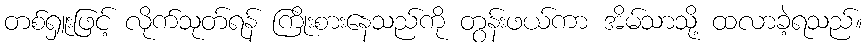
တစ်ရှူးဖြင့် လိုက်သုတ်ရန် ကြိုးစားနေသည်ကို တွန်းဖယ်ကာ အိမ်သာသို့ ထလာခဲ့ရသည်။